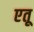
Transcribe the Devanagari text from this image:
एतू